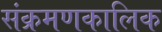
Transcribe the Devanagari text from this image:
संक्रमणकालिक